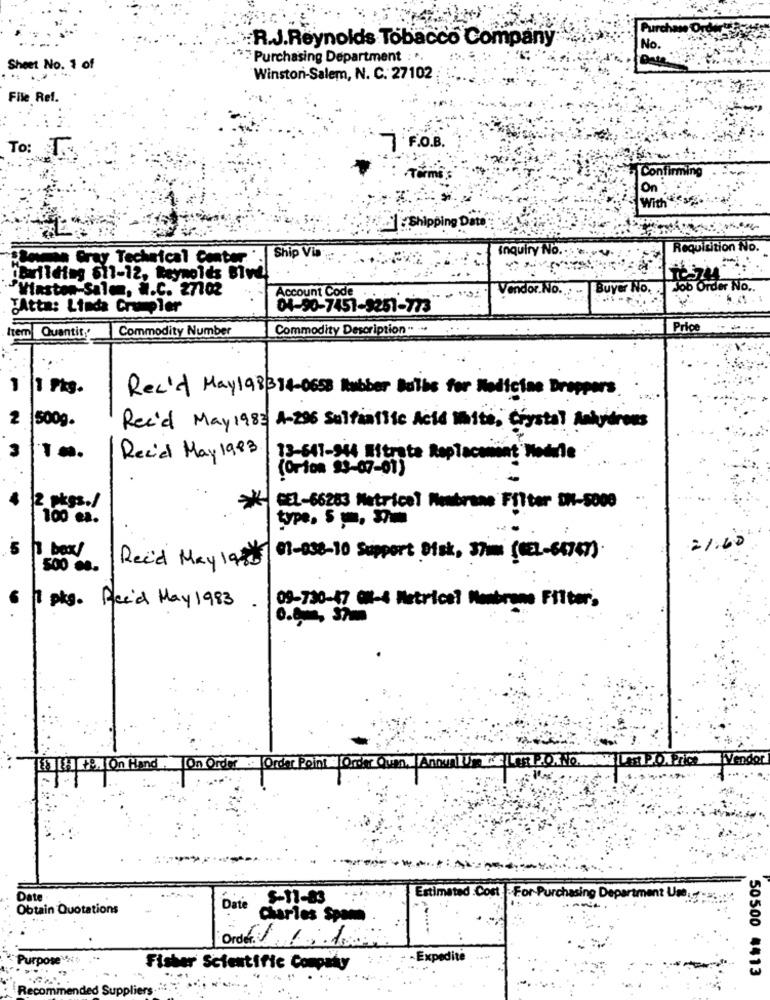
R.J.Reynolds Tobacco Company
No.
Purchasing Department . ..
Date
Sheet No. 1 of
Winston-Salem, N. C. 27102
File Ref.
7 F.O.B.
To: 1.
Confirming
On
With Sse
Shipping Dato
Inquiry No .:
Requisition No.
Bowman Gray Technical Center . Ship Via
carilding 611-12, Reynolds Blvd!
"Winston-Salem, W.C. 27702
Vendor.No. : -
Buyer No. .
Job Order No ..
Account Code
TAtta: Linda Crumpler
04-90-7451-9251-773
Item Quantity
Commodity Number
Commodity Description .. ...
Price
Rec'd May 198 314-0658 Rubber Bulbs for Medicine Droppers
2
500g.
Rec'd May 1983 4-295 Sulfaatlic Acid Malte, Crystal Anhydrous
3
ITm.
Recid May 1983
13-641-944 Bitrate Replacement Modifie
(Orion 93-07-01)
2 pkgs./
GEL-66283 Metricel Membrane Filter DH-5000
100 .a.
type, 5 ,, 3
21.60
Rec'd May 1900 01-838-10 Support Disk, 37mm (EL-65347).
6 1 pkg. Rcc'd May 1983
09-730-47 0#8-4 Metricel Membrane Filter,
Vendor
[] [+]. On Hand . On Order Order Point |Order Quen. |Annun 1 1 : P4.XNo. P.o.P
Estimated Cost
Date
: 8-11-83
-Purchasing Department Use
Obtain Quotations
Charles Spam
Purpose %
-Expedite
Fisher Scientific Company
50500 4413
Recommended Suppliers.